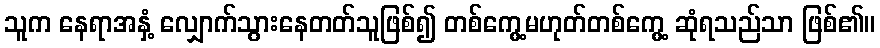
သူက နေရာအနှံ့ လျှောက်သွားနေတတ်သူဖြစ်၍ တစ်ကွေ့မဟုတ်တစ်ကွေ့ ဆုံရသည်သာ ဖြစ်၏။